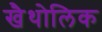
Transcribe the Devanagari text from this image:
खैथोलिक